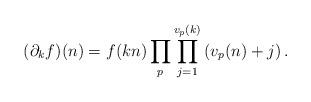
LaTeX: \begin{align*} (\partial_k f)(n) = f(kn) \prod_p\prod_{j =1}^{v_p(k)}\left( v_p(n)+j \right).\end{align*}